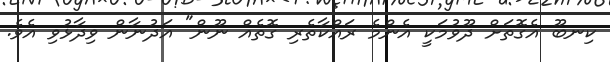
ކިނބޫ އެގޮތަށް ދޫވުމަކީ އެންމެ ރައްކާތެރި ގޮތެއް ނޫން" އަދުނާން ވިދާޅުވި އެވެ.